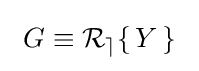
~G\equiv \operatorname {\mathcal {R_{e}}} \{\,Y\,\}~